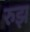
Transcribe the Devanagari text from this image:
रुझ